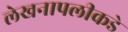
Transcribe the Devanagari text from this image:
लेखनापलीकडे